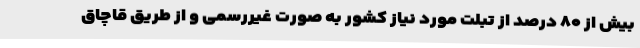
بیش از ۸۰ درصد از تبلت مورد نیاز کشور به صورت غیررسمی و از طریق قاچاق